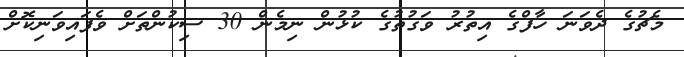
މެޗުގެ ދެވަނަ ހާފްގެ އިތުރު ވަގުތުގެ ކުޅުން ނިމެން 30 ސިކުންތަށް ވެފައިވަނިކޮށް